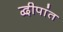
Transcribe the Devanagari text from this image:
द्वीपांत